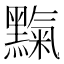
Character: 𪒉